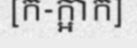
[ក-ក្អាក]